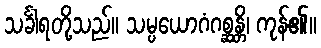
သင်္ခါရတို့သည်။ သမ္ပယောဂံဂစ္ဆန္တိ၊ ကုန်၏။